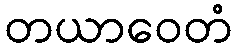
တယာဝေတံ